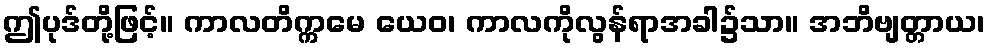
ဤပုဒ်တို့ဖြင့်။ ကာလတိက္ကမေ ယေဝ၊ ကာလကိုလွန်ရာအခါ၌သာ။ အဘိဗျတ္တာယ၊